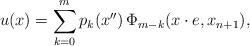
LaTeX: \begin{align*}u(x)= \sum_{k=0}^{m}p_k(x^{\prime \prime})\,\Phi_{m-k}(x\cdot e,x_{n+1}), \end{align*}